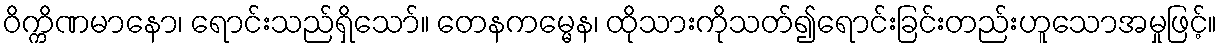
ဝိက္ကိဏမာနော၊ ရောင်းသည်ရှိသော်။ တေနကမ္မေန၊ ထိုသားကိုသတ်၍ရောင်းခြင်းတည်းဟူသောအမှုဖြင့်။